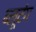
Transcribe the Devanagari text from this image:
ब्लूटंग